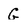
Character: G